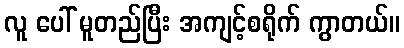
လူ ပေါ် မူတည်ပြီး အကျင့်စရိုက် ကွာတယ်။